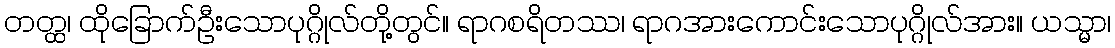
တတ္ထ၊ ထိုခြောက်ဦးသောပုဂ္ဂိုလ်တို့တွင်။ ရာဂစရိတဿ၊ ရာဂအားကောင်းသောပုဂ္ဂိုလ်အား။ ယသ္မာ၊